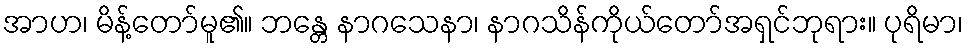
အာဟ၊ မိန့်တော်မူ၏။ ဘန္တေ နာဂသေနာ၊ နာဂသိန်ကိုယ်တော်အရှင်ဘုရား။ ပုရိမာ၊